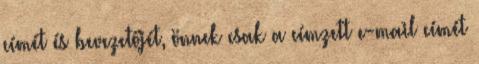
címét és bevezetőjét, önnek csak a címzett e-mail címét